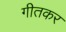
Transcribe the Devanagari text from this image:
गीतकर